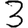
Digit: 3